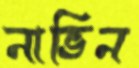
নাভিন